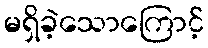
မရှိခဲ့သောကြောင့်